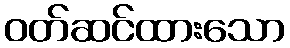
ဝတ်ဆင်ထားသော